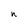
Character: n